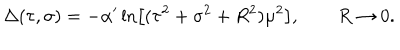
\Delta ( \tau , \sigma ) = - \alpha ^ { \prime } \ln \left[ ( \tau ^ { 2 } + \sigma ^ { 2 } + R ^ { 2 } ) \mu ^ { 2 } \right] , \qquad R \rightarrow 0 .